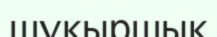
шұқыршық